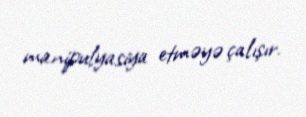
manipulyasiya etməyə çalışır.